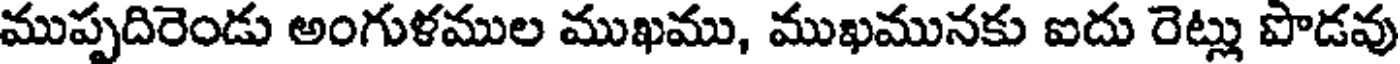
ముప్పదిరెండు అంగుళముల ముఖము, ముఖమునకు ఐదు రెట్లు పొడవు